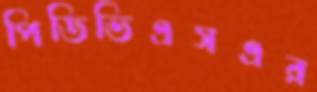
পিডিভিএসএর